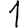
Digit: 1